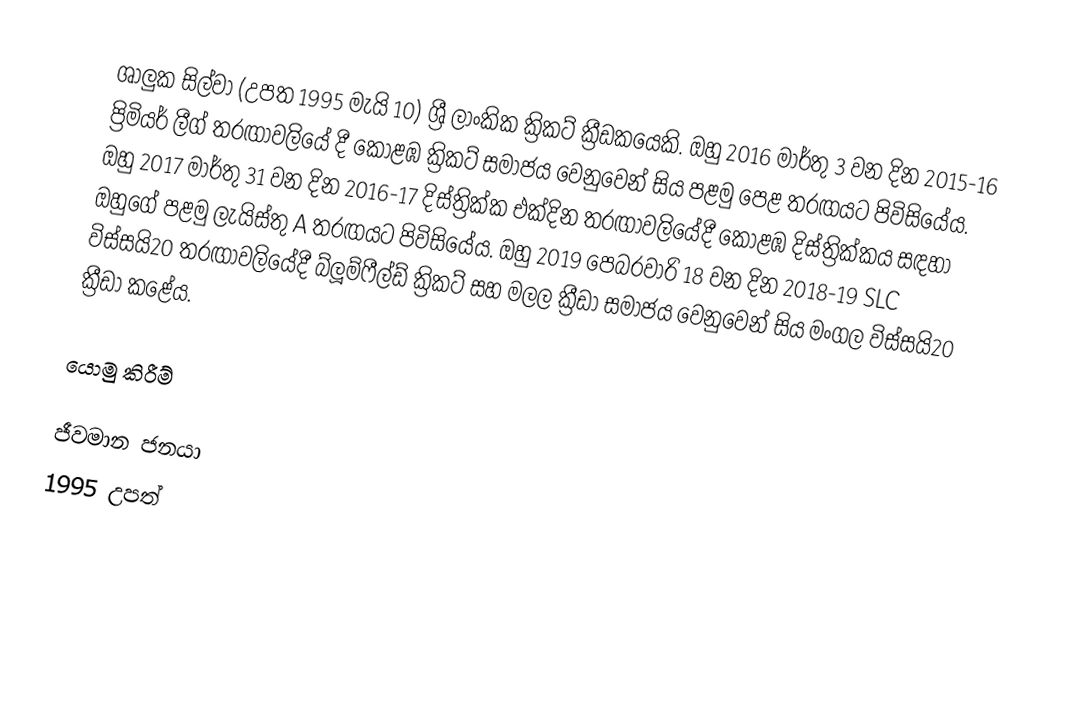
ශාලුක සිල්වා (උපත 1995 මැයි 10) ශ්‍රී ලාංකික ක්‍රිකට් ක්‍රීඩකයෙකි. ඔහු 2016 මාර්තු 3 වන දින 2015-16 ප්‍රිමියර් ලීග් තරඟාවලියේ දී කොළඹ ක්‍රිකට් සමාජය වෙනුවෙන් සිය පළමු පෙළ තරඟයට පිවිසියේය. ඔහු 2017 මාර්තු 31 වන දින 2016-17 දිස්ත්‍රික්ක එක්දින තරඟාවලියේදී කොළඹ දිස්ත්‍රික්කය සඳහා ඔහුගේ පළමු ලැයිස්තු A තරඟයට පිවිසියේය. ඔහු 2019 පෙබරවාරි 18 වන දින 2018-19 SLC විස්සයි20 තරඟාවලියේදී බ්ලූම්ෆීල්ඩ් ක්‍රිකට් සහ මලල ක්‍රීඩා සමාජය වෙනුවෙන් සිය මංගල විස්සයි20 ක්‍රීඩා කළේය.

යොමු කිරීම්

ජීවමාන ජනයා
1995 උපත්